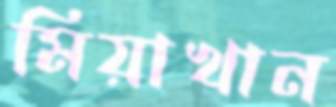
মিয়াখান